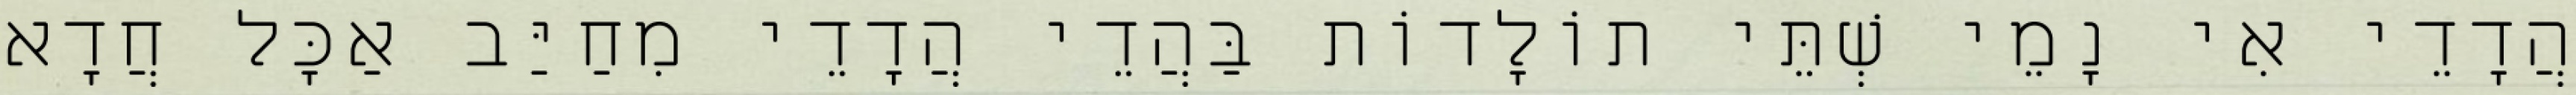
הֲדָדֵי אִי נָמֵי שְׁתֵּי תוֹלָדוֹת בַּהֲדֵי הֲדָדֵי מִחַיַּב אַכׇּל חֲדָא